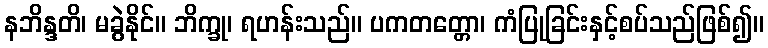
နဘိန္ဒတိ၊ မခွဲနိုင်။ ဘိက္ခု၊ ရဟန်းသည်။ ပကတတ္တော၊ ကံပြုခြင်းနှင့်စပ်သည်ဖြစ်၍။